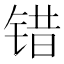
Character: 错